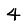
Digit: 4